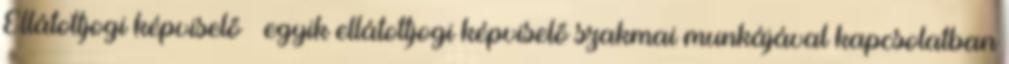
Ellátottjogi képviselő – egyik ellátottjogi képviselő szakmai munkájával kapcsolatban